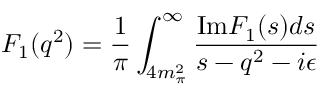
F _ { 1 } ( q ^ { 2 } ) = { \frac { 1 } { \pi } } \int _ { 4 m _ { \pi } ^ { 2 } } ^ { \infty } { \frac { \mathrm { I m } F _ { 1 } ( s ) d s } { s - q ^ { 2 } - i \epsilon } }